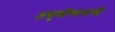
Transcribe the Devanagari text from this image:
अणुबॉम्बमध्ये